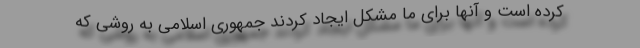
کرده است و آنها برای ما مشکل ایجاد کردند جمهوری اسلامی به روشی که